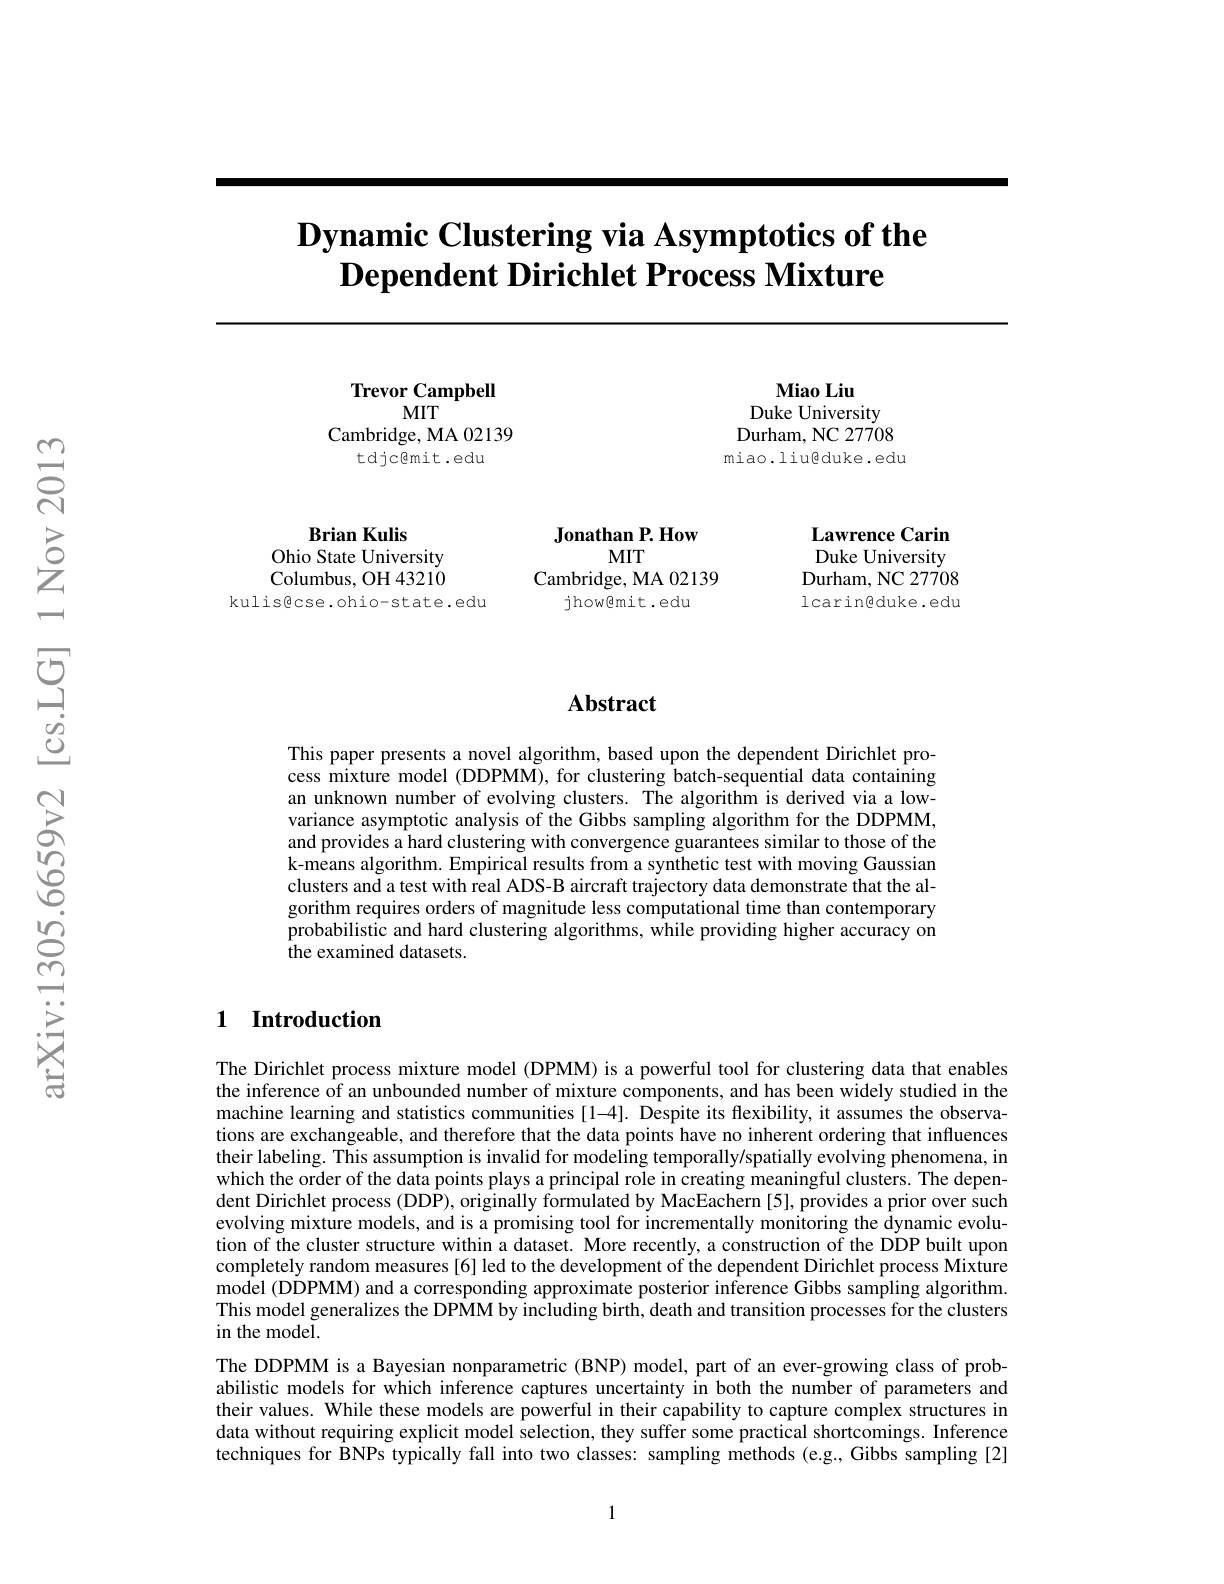
# $\textbf{Dynamic Clustering via Asymptotics of the}$ $\textbf{Dependent Dirichlet Process Mixture}$

Trevor Campbell
MIT
Cambridge, MA 02139

tdjc@mit.edu

Miao Liu
Duke University Durham, NC 27708 miao.liu@duke.edu

Brian Kulis
Ohio State University Columbus, OH 43210
kulis@cse.ohio-state.edu

Jonathan P. How
MIT
Cambridge, MA 02139
jhow@mit.edu

Lawrence Carin Duke University Durham, NC 27708 lcaringduke.edu

## $\mathbf{Abstract}$

This paper presents a novel algorithm, based upon the dependent Dirichlet process mixture model (DDPMM), for clustering batch-sequential data containing an unknown number of evolving clusters. The algorithm is derived via a lowvariance asymptotic analysis of the Gibbs sampling algorithm for the DDPMM, and provides a hard clustering with convergence guarantees similar to those of the k-means algorithm. Empirical results from a synthetic test with moving Gaussian clusters and a test with real ADS-B aircraft trajectory data demonstrate that the algorithm requires orders of magnitude less computational time than contemporary probabilistic and hard clustering algorithms, while providing higher accuracy on the examined datasets.

## 1 Introduction

The Dirichlet process mixture model (DPMM) is a powerful tool for clustering data that enables the inference of an unbounded number of mixture components, and has been widely studied in the machine learning and statistics communities [1-4]. Despite its flexibility, it assumes the observations are exchangeable, and therefore that the data points have no inherent ordering that influences their labeling. This assumption is invalid for modeling temporally/spatially evolving phenomena, in which the order of the data points plays a principal role in creating meaningful clusters. The dependent Dirichlet process (DDP), originally formulated by MacEachern [5], provides a prior over such evolving mixture models, and is a promising tool for incrementally monitoring the dynamic evolution of the cluster structure within a dataset. More recently, a construction of the DDP built upon completely random measures [6] led to the development of the dependent Dirichlet process Mixture model (DDPMM) and a corresponding approximate posterior inference Gibbs sampling algorithm. This model generalizes the DPMM by including birth, death and transition processes for the clusters in the model
The DDPMM is a Bayesian nonparametric (BNP) model, part of an ever-growing class of probabilistic models for which inference captures uncertainty in both the number of parameters and their values. While these models are powerful in their capability to capture complex structures in data without requiring explicit model selection, they suffer some practical shortcomings. Inference techniques for BNPs typically fall into two classes: sampling methods (e.g., Gibbs sampling [2]